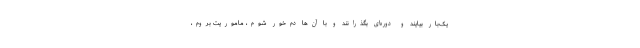
یک‌بار بیایند و دوره‌ای بگذرانند و با آن‌ها دم‌خور شوم، ماموریت بروم،